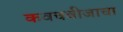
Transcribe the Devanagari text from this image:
कवचबीजाचा